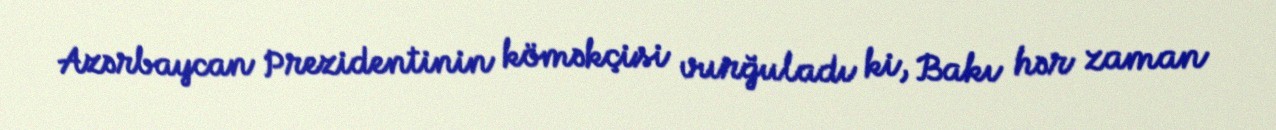
Azərbaycan Prezidentinin köməkçisi vurğuladı ki, Bakı hər zaman